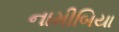
નામીબિયા